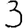
Digit: 3